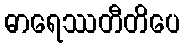
ဓာရေဿတီတိပေ